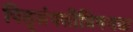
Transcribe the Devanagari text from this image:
पितृसंपत्तीविषयक